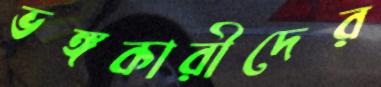
ভঙ্গকারীদের